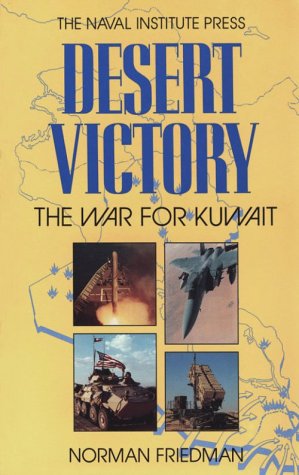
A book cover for Desert Victory: The War for Kuwait; Norman Friedman; History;